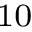
_ { 1 0 }